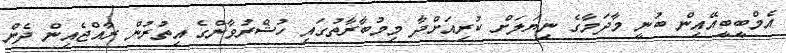
އެމްބީބީއޭއިން ބުނީ މާދަމާގެ ނިޔަލަށް ކުރިއަށްދާ މިމުބާރާތުގައި ހުޝްރުވާންގެ އިތުރުން ރާއްޖެއިން ދެން